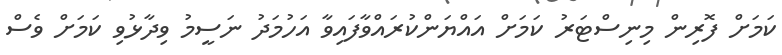
ކަމަށް ފޮރިން މިނިސްޓަރު ކަމަށް އައްޔަންކުރައްވާފައިވާ އަހުމަދު ނަސީމު ވިދާޅުވި ކަމަށް ވެސް